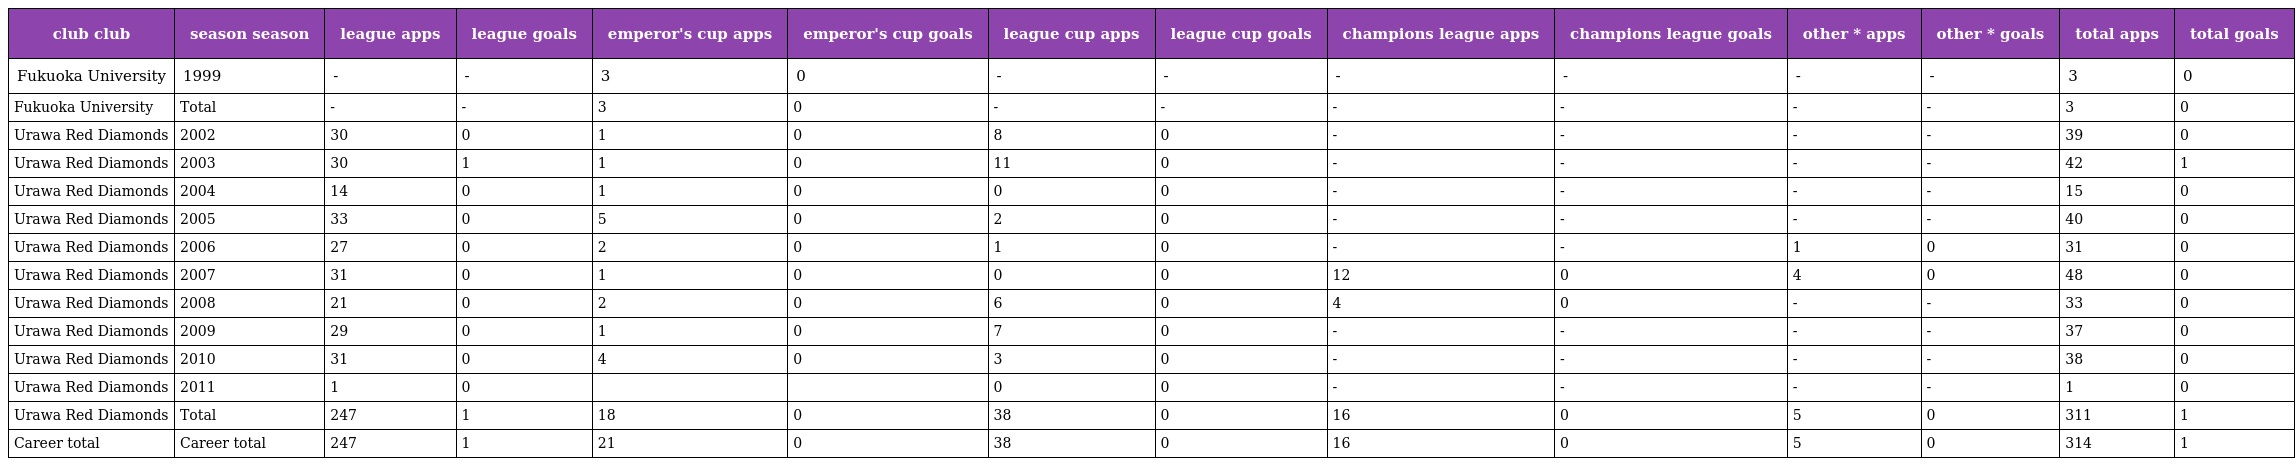
| club club | season season | league apps | league goals | emperor's cup apps | emperor's cup goals | league cup apps | league cup goals | champions league apps | champions league goals | other * apps | other * goals | total apps | total goals |
 | --- | --- | --- | --- | --- | --- | --- | --- | --- | --- | --- | --- | --- | --- |
 | Fukuoka University | 1999 | - | - | 3 | 0 | - | - | - | - | - | - | 3 | 0 |
 | Fukuoka University | Total | - | - | 3 | 0 | - | - | - | - | - | - | 3 | 0 |
 | Urawa Red Diamonds | 2002 | 30 | 0 | 1 | 0 | 8 | 0 | - | - | - | - | 39 | 0 |
 | Urawa Red Diamonds | 2003 | 30 | 1 | 1 | 0 | 11 | 0 | - | - | - | - | 42 | 1 |
 | Urawa Red Diamonds | 2004 | 14 | 0 | 1 | 0 | 0 | 0 | - | - | - | - | 15 | 0 |
 | Urawa Red Diamonds | 2005 | 33 | 0 | 5 | 0 | 2 | 0 | - | - | - | - | 40 | 0 |
 | Urawa Red Diamonds | 2006 | 27 | 0 | 2 | 0 | 1 | 0 | - | - | 1 | 0 | 31 | 0 |
 | Urawa Red Diamonds | 2007 | 31 | 0 | 1 | 0 | 0 | 0 | 12 | 0 | 4 | 0 | 48 | 0 |
 | Urawa Red Diamonds | 2008 | 21 | 0 | 2 | 0 | 6 | 0 | 4 | 0 | - | - | 33 | 0 |
 | Urawa Red Diamonds | 2009 | 29 | 0 | 1 | 0 | 7 | 0 | - | - | - | - | 37 | 0 |
 | Urawa Red Diamonds | 2010 | 31 | 0 | 4 | 0 | 3 | 0 | - | - | - | - | 38 | 0 |
 | Urawa Red Diamonds | 2011 | 1 | 0 |  |  | 0 | 0 | - | - | - | - | 1 | 0 |
 | Urawa Red Diamonds | Total | 247 | 1 | 18 | 0 | 38 | 0 | 16 | 0 | 5 | 0 | 311 | 1 |
 | Career total | Career total | 247 | 1 | 21 | 0 | 38 | 0 | 16 | 0 | 5 | 0 | 314 | 1 |